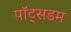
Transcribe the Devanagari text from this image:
पॉट्सडम